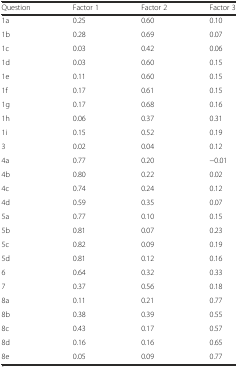
<table><thead><tr><td><b>Question</b></td><td><b>Factor 1</b></td><td><b>Factor 2</b></td><td><b>Factor 3</b></td></tr></thead><tbody><tr><td>1a</td><td>0.25</td><td>0.60</td><td>0.10</td></tr><tr><td>1b</td><td>0.28</td><td>0.69</td><td>0.07</td></tr><tr><td>1c</td><td>0.03</td><td>0.42</td><td>0.06</td></tr><tr><td>1d</td><td>0.03</td><td>0.60</td><td>0.15</td></tr><tr><td>1e</td><td>0.11</td><td>0.60</td><td>0.15</td></tr><tr><td>1f</td><td>0.17</td><td>0.61</td><td>0.15</td></tr><tr><td>1g</td><td>0.17</td><td>0.68</td><td>0.16</td></tr><tr><td>1h</td><td>0.06</td><td>0.37</td><td>0.31</td></tr><tr><td>1i</td><td>0.15</td><td>0.52</td><td>0.19</td></tr><tr><td>3</td><td>0.02</td><td>0.04</td><td>0.12</td></tr><tr><td>4a</td><td>0.77</td><td>0.20</td><td>−0.01</td></tr><tr><td>4b</td><td>0.80</td><td>0.22</td><td>0.02</td></tr><tr><td>4c</td><td>0.74</td><td>0.24</td><td>0.12</td></tr><tr><td>4d</td><td>0.59</td><td>0.35</td><td>0.07</td></tr><tr><td>5a</td><td>0.77</td><td>0.10</td><td>0.15</td></tr><tr><td>5b</td><td>0.81</td><td>0.07</td><td>0.23</td></tr><tr><td>5c</td><td>0.82</td><td>0.09</td><td>0.19</td></tr><tr><td>5d</td><td>0.81</td><td>0.12</td><td>0.16</td></tr><tr><td>6</td><td>0.64</td><td>0.32</td><td>0.33</td></tr><tr><td>7</td><td>0.37</td><td>0.56</td><td>0.18</td></tr><tr><td>8a</td><td>0.11</td><td>0.21</td><td>0.77</td></tr><tr><td>8b</td><td>0.38</td><td>0.39</td><td>0.55</td></tr><tr><td>8c</td><td>0.43</td><td>0.17</td><td>0.57</td></tr><tr><td>8d</td><td>0.16</td><td>0.16</td><td>0.65</td></tr><tr><td>8e</td><td>0.05</td><td>0.09</td><td>0.77</td></tr></tbody></table>